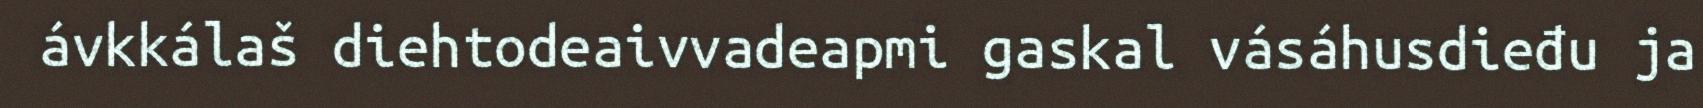
ávkkálaš diehtodeaivvadeapmi gaskal vásáhusdieđu ja